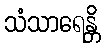
သံသာရေန္တိ